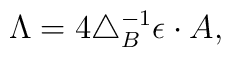
\Lambda = 4\triangle_B^{-1} \epsilon\cdot A  ,